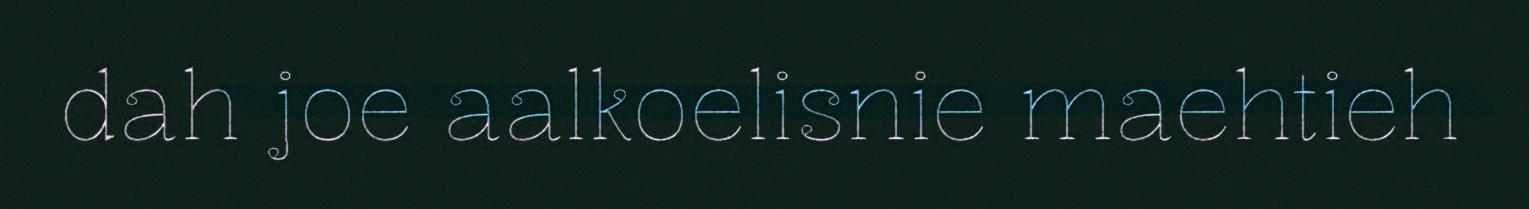
dah joe aalkoelisnie maehtieh